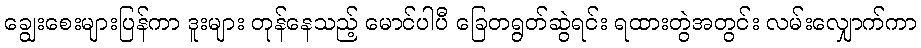
ချွေးစေးများပြန်ကာ ဒူးများ တုန်နေသည့် မောင်ပါပီ ခြေတရွတ်ဆွဲရင်း ရထားတွဲအတွင်း လမ်းလျှောက်ကာ